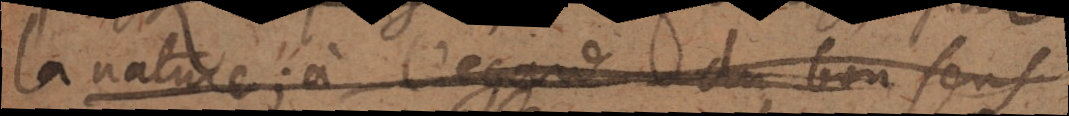
la nature; à l’égard du bon sens